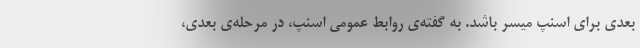
بعدی برای اسنپ میسر باشد. به گفته‌ی روابط عمومی اسنپ، در مرحله‌ی بعدی،